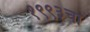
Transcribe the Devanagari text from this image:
१९९३चा